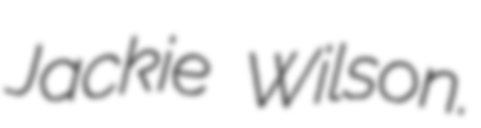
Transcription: Jackie Wilson.